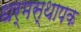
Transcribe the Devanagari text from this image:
धर्मस्थापक